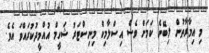
މި އިމާރާތުން ލިބޭނެ ކަމަށް ވެސް އިސްލާމިކް މިނިސްޓަރު ޝަހީމް އުއްމީދުކުރައްވަ އެވެ.